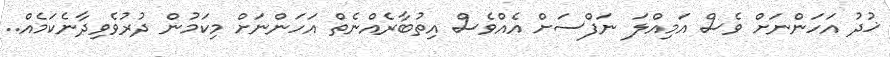
ޚުދު އަހަންނަށް ވެސް އަމިއްލަ ނަފްސަށް އެއްވެސް އިތުބާރެއްނެތް އަހަންނަށް މިކަމުން ދުރުވެވިދާނެކަމެއް..